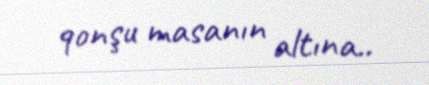
qonşu masanın altına..